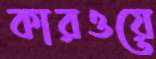
কারওয়ে